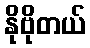
နိုဗိုတယ်